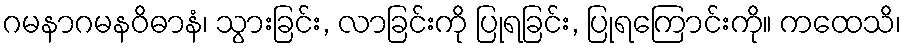
ဂမနာဂမနဝိဓာနံ၊ သွားခြင်း, လာခြင်းကို ပြုရခြင်း, ပြုရကြောင်းကို။ ကထေသိ၊